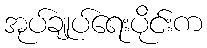
အုပ်ချုပ်ရေးပိုင်းက